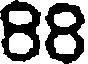
88